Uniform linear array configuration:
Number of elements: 48
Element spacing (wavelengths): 1
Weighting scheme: kaiser
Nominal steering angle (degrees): -30
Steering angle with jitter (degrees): -31.615
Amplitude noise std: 0.05
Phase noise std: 0.05

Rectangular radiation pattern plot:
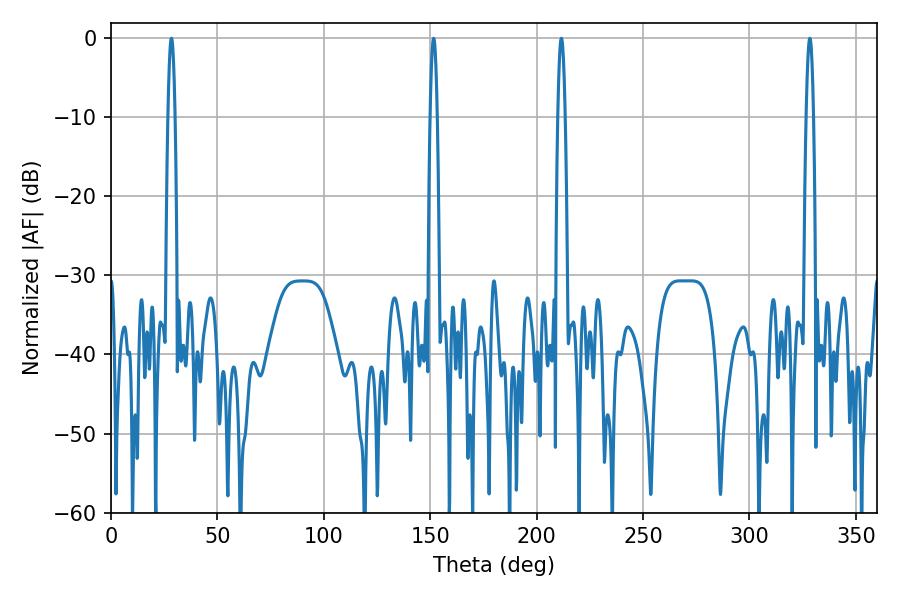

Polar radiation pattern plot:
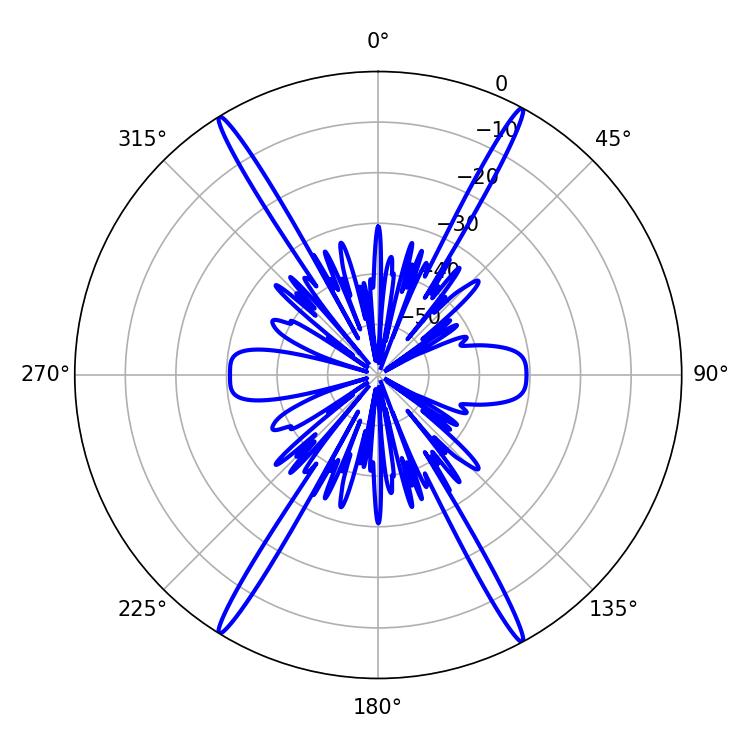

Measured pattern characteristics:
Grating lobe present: TRUE
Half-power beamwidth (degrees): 1.8
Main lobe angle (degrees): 28.44